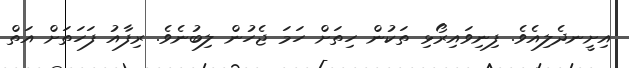
އިށީނދެލިއެވެ. ފިނިވައިރޯޅި ތަކުން ހިތަށް ހަމަ ޖެހުން ލިބުނެވެ. ރިފާއު ފަހަތަށް އަތް